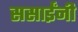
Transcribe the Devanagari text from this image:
ससाईंनी